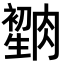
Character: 𦠫